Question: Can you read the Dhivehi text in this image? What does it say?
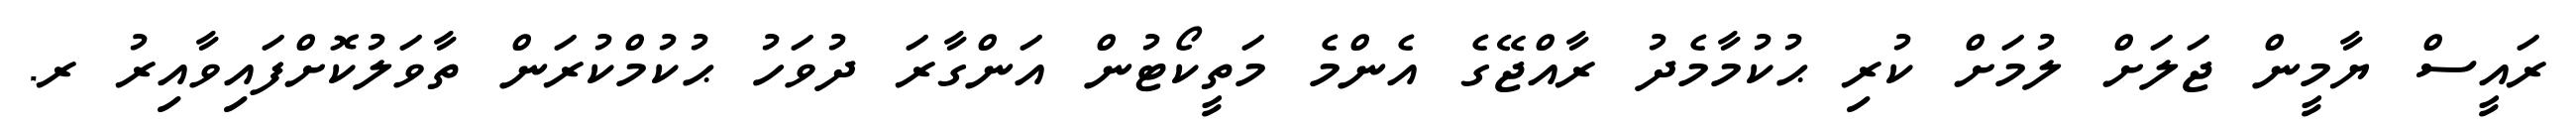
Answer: ރައީސް ޔާމީން ޖަލަށް ލުމަށް ކުރި ޙުކުމާމެދު ރާއްޖޭގެ އެންމެ މަތީކޯޓުން އަންގާރަ ދުވަހު ޙުކުމްކުރަން ތާވަލުކޮށްފައިވާއިރު ރ.